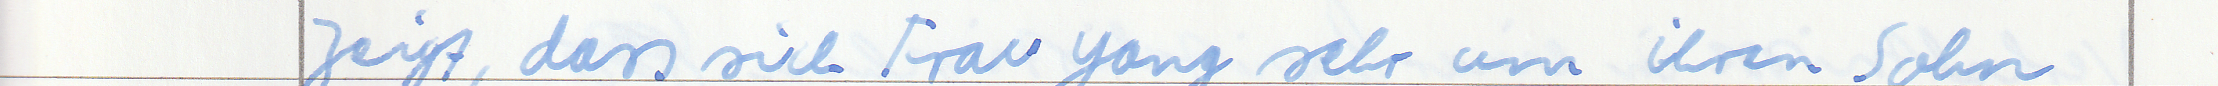
zeigt, dass sich Frau yang sehr um ihren Sohn